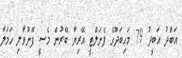
އަބްދު އަބީދު 79 މަހިބަދޫގެ ޕެނަލްޓީ އޭރިޔާ ބޭރުން މެސީ ފޮނުވާލި ހަމަލާ